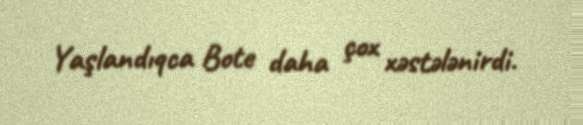
Yaşlandıqca Bote daha çox xəstələnirdi.